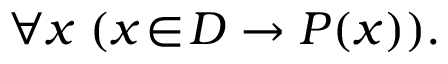
\forall x \; ( x \! \in \! D \to P ( x ) ) .